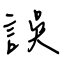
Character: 誤